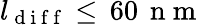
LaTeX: l_{\mathrm{~d~i~f~f~}}\leq\, 60\, \mathrm{~n~m~}